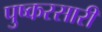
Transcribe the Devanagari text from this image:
पुष्करसारी